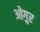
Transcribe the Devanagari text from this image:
ओगुर